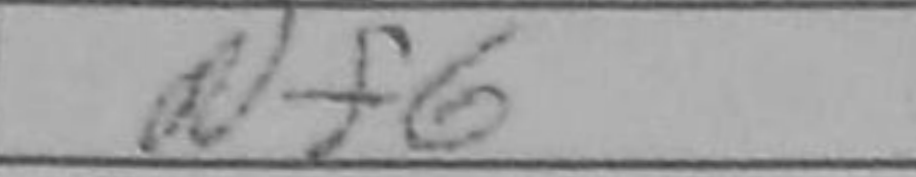
Transcription: Nf6